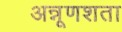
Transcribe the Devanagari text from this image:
अन्नूणशता